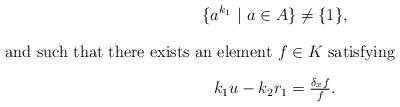
LaTeX: \begin{gather*} \{a^{k_1} \ | \ a\in A\}\neq \{1\}, \intertext{and such that there exists an element $f\in K$ satisfying} k_1u-k_2r_1=\tfrac{\delta_xf}{f}.\end{gather*}